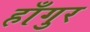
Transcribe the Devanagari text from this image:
हाँगुर